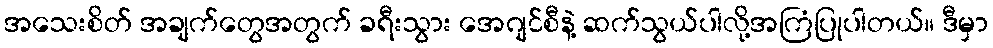
အသေးစိတ် အချက်တွေအတွက် ခရီးသွား အေဂျင်စီနဲ့ ဆက်သွယ်ပါလို့အကြံပြုပါတယ်။ ဒီမှာ